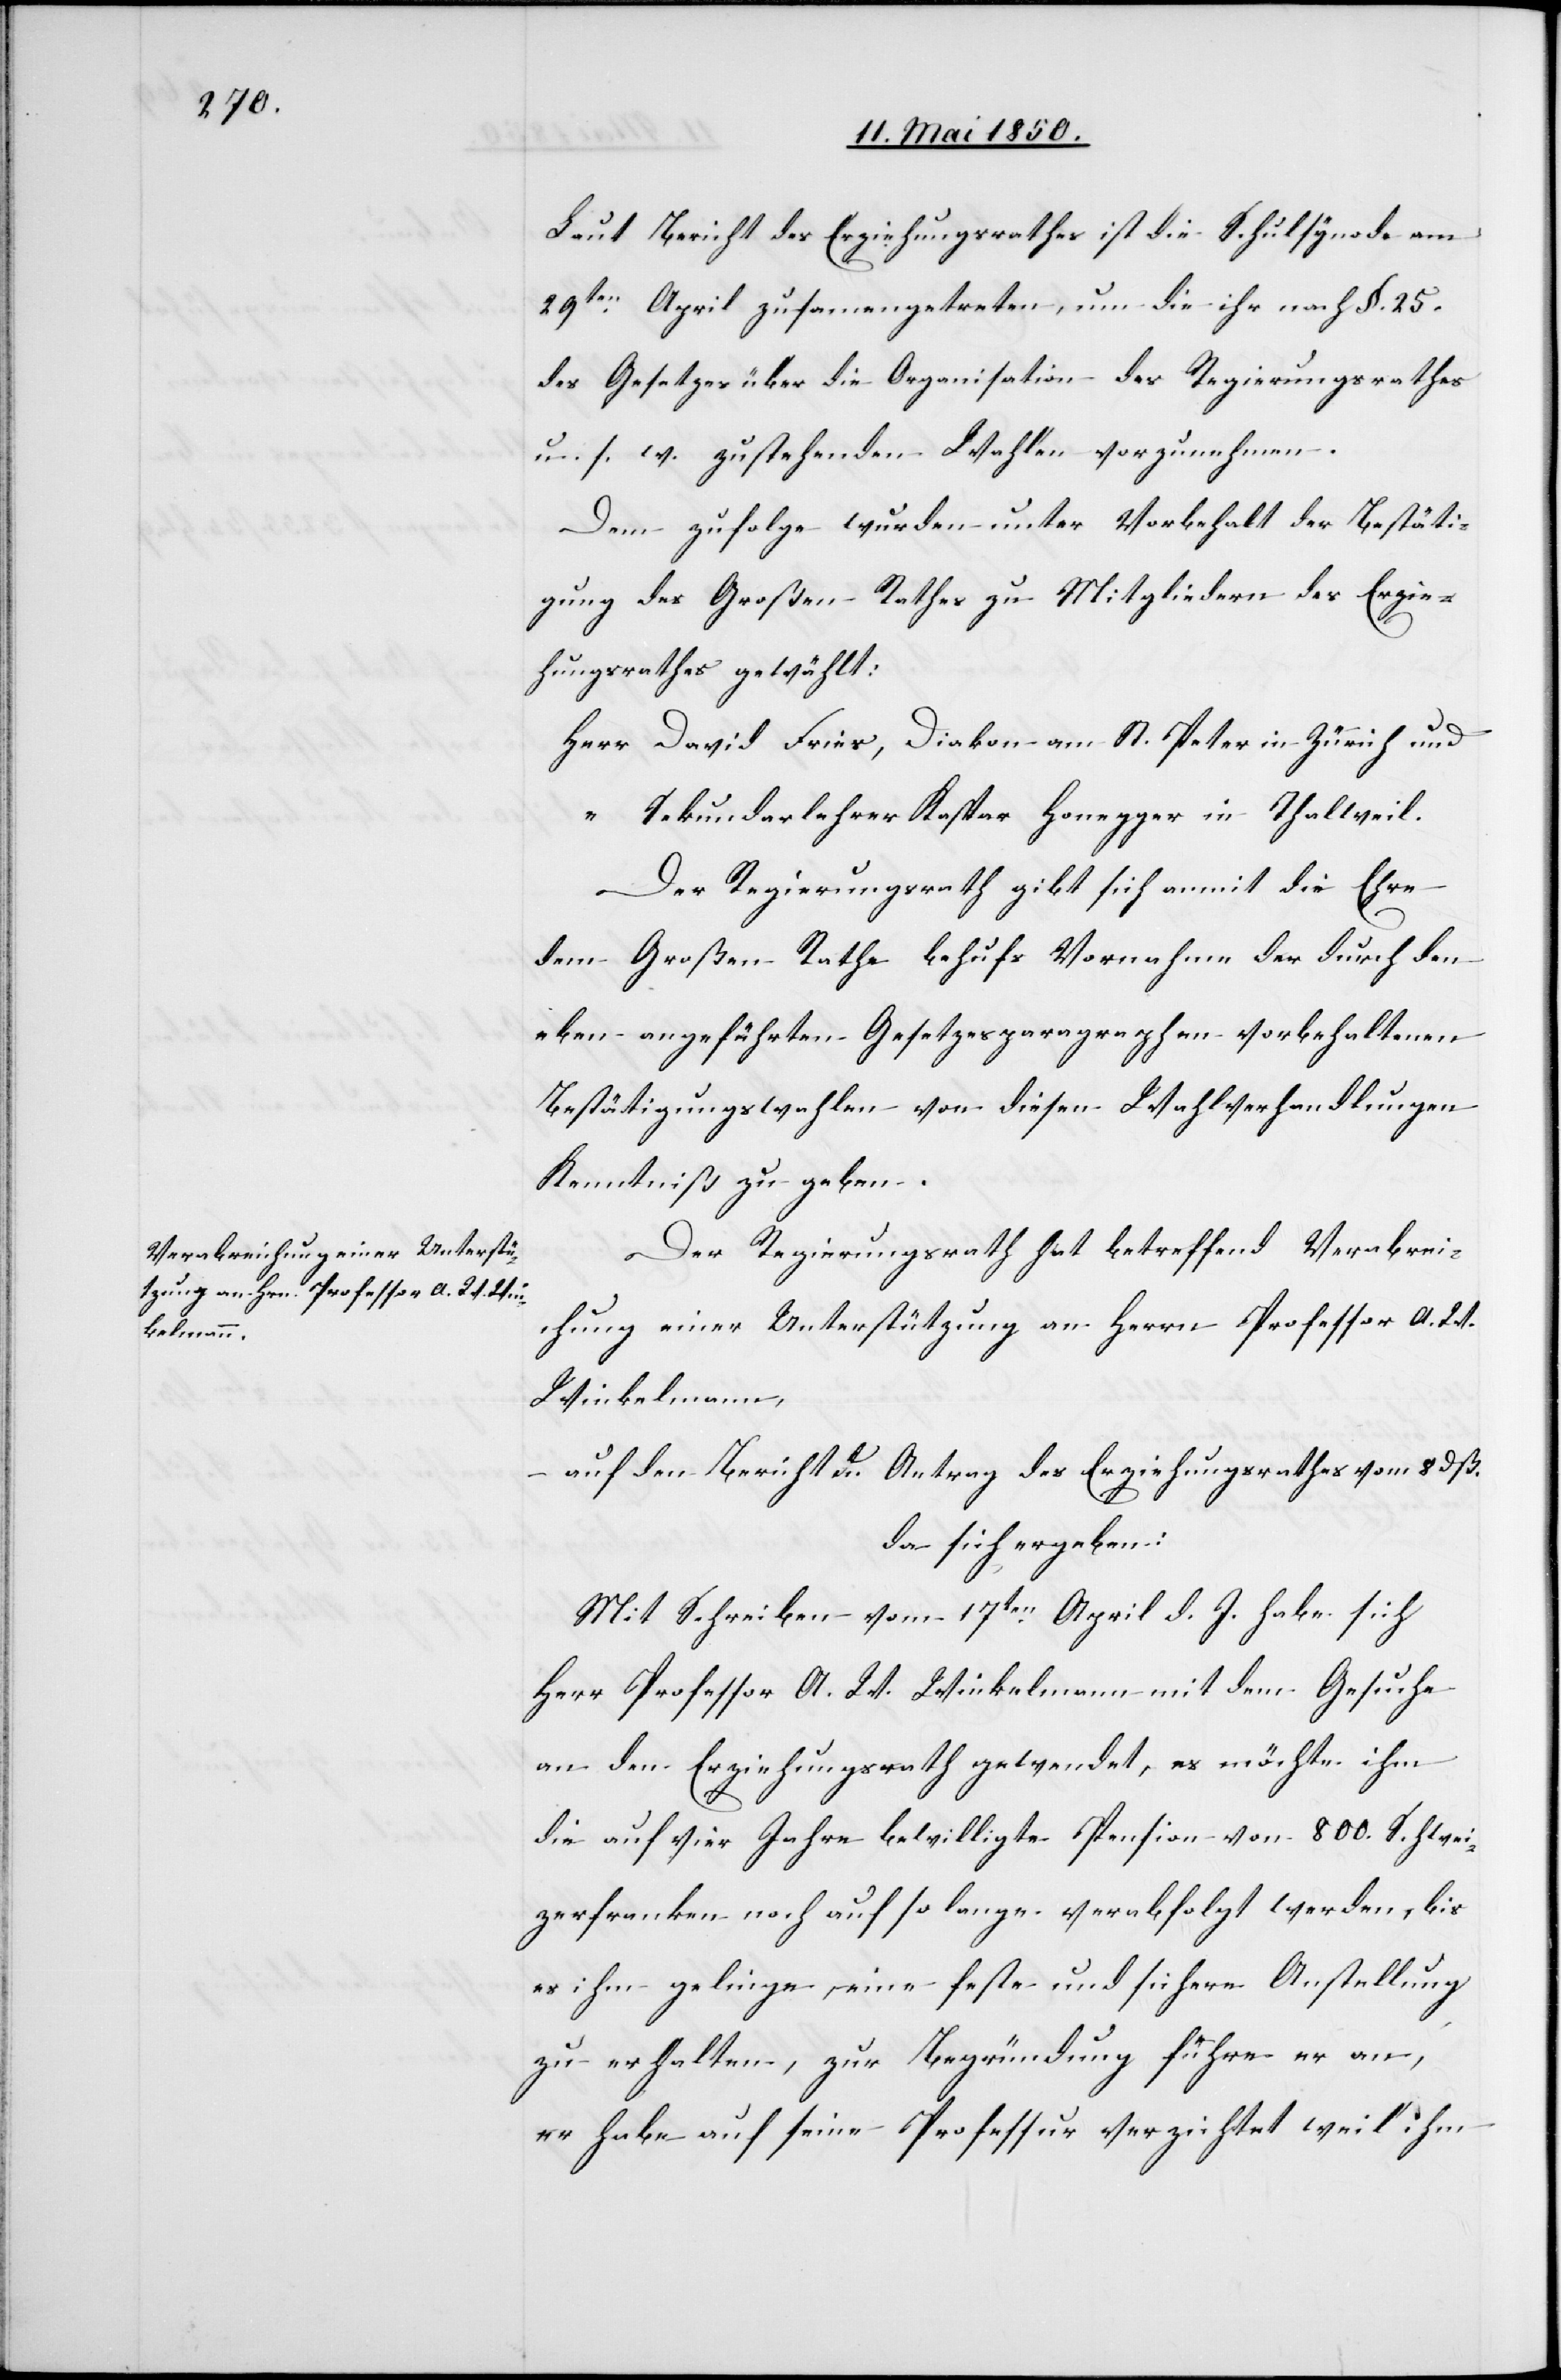
Laut Bericht des Erziehungsrathes ist die Schulsynode am
29ten April zusamengetreten, um die ihr nach §. 25.
des Gesetzes über die Organisation des Regierungsrathes
u. s. w. zustehenden Wahlen vorzunehmen.
Dem zufolge wurden unter Vorbehalt der Bestäti¬
gung des Großen Rathes zu Mitgliedern des Erzie¬
hungsrathes gewählt:
Herr David Fries, Diakon am St. Peter in Zürich und
“ Sekundarlehrer Kaspar Honegger in Thalweil.
Der Regierungsrath gibt sich anmit die Ehre
dem Großen Rathe behufs Vornahme der durch den
eben angeführten Gesetzesparagraphen vorbehaltenen
Bestätigungswahlen von diesen Wahlverhandlungen
Kenntniß zu geben.
Der Regierungsrath hat betreffend Verabrei¬
chung einer Unterstützung an Herrn Professor A. W.
Winkelmann,
auf den Bericht u. Antrag des Erziehungsrathes vom 8 dß.
da sich ergeben:
Mit Schreiben vom 17ten April d. J. habe sich
Herr Professor A. W. Winkelmann mit dem Gesuche
an den Erziehungsrath gewendet, es möchte ihm
die auf vier Jahre bewilligte Pension von 800. Schwei¬
zerfranken noch auf so lange verabfolgt werden, bis
es ihm gelinge, eine feste und sichere Anstellung
zu erhalten, zur Begründung führe er an,
er habe auf seine Professur verzichtet weil ihm